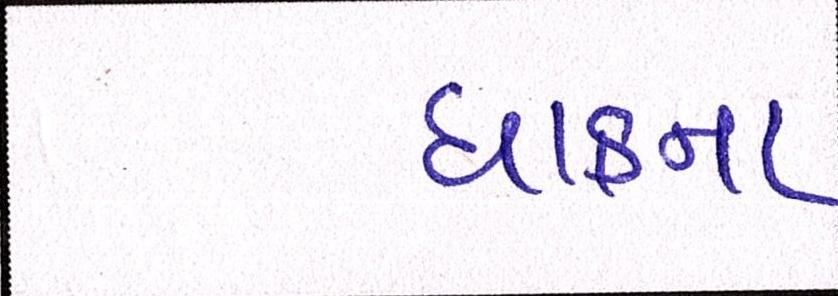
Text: ધાકના